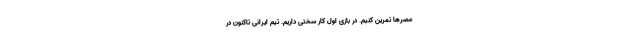
عصرها تمرین کنیم. در بازی اول کار سختی داریم. تیم ایرانی تاکنون در